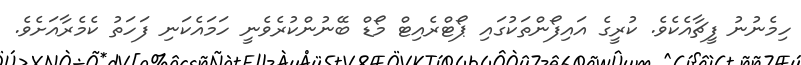
ހިމެނުނު ފީޗާއެކެވެ. ކުރީގެ އައިފޯންތަކުގައި ޕޯޓްރެއިޓް މޯޑް ބޭނުންކުރެވެނީ ހަމައެކަނި ފަހަތު ކެމެރާއަށެވެ.